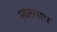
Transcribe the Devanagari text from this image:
स्वरूपाच